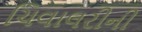
ચિવાલરીની